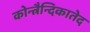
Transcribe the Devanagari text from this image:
कोन्त्रैन्दिकातेद